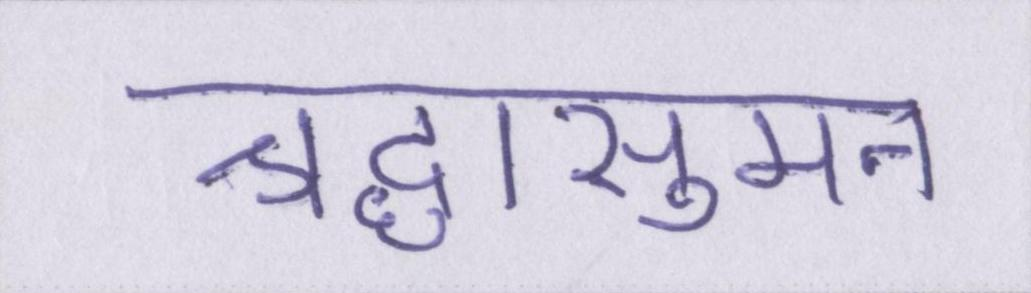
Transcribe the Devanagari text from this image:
श्रद्धासुमन